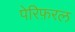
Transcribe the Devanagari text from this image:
पेरिफ़रल